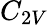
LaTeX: C_{2V}